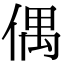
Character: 偶